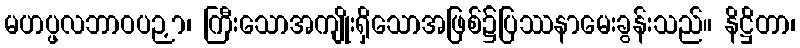
မဟပ္ဖလဘာဝပဉှာ၊ ကြီးသောအကျိုးရှိသောအဖြစ်၌ပြဿနာမေးခွန်းသည်။ နိဋ္ဌိတာ၊